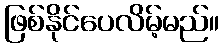
ဖြစ်နိုင်ပေလိမ့်မည်။